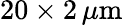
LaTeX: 20\times 2\, \mu\mathrm m